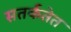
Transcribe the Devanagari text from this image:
सतर्कतेत